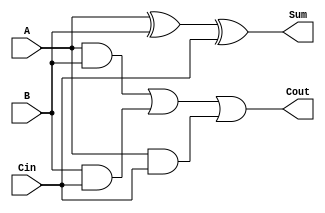
`timescale 1ns / 1ps
//////////////////////////////////////////////////////////////////////////////////
// Company: 
// Engineer: 
// 
// Design Name: 
// Module Name: full_addder
// Project Name: 
// Target Devices: 
// Tool Versions: 
// Description: 
// 
// Dependencies: 
// 
// Revision:
// Revision 0.01 - File Created
// Additional Comments:
// 
//////////////////////////////////////////////////////////////////////////////////


module full_adder(
input A, B, Cin,
output Sum,
output Cout
    );
    
    assign Sum = A^B^Cin;
    assign Cout = ((A&B)|(B&Cin)|(A&Cin));
   
endmodule